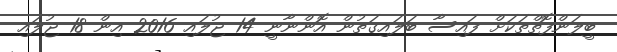
ބީލަންފޮތްތަކަށް ފައިސާ ބަލައިގަތުން އޮންނާނީ 14 ޖުލައި 2016 އިން 18 ޖުލައި